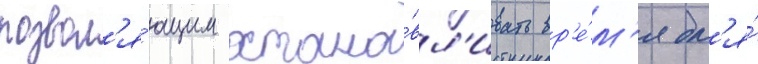
позвол'я́ющим остана́вл'ивать вр'е́м'я дл'я́